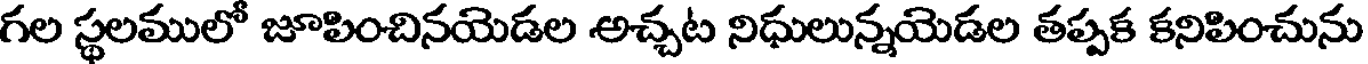
గల స్థలములో జూపించినయెడల అచ్చట నిధులున్నయెడల తప్పక కనిపించును